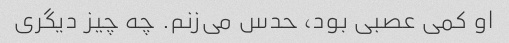
او کمی عصبی بود، حدس می‌زنم. چه چیز دیگری